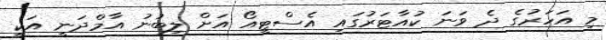
މި އަހަރުގެ ދެ ވަނަ ކުއާޓަރުގައި އެސްޓީއޯ އަށް ލިބުނު އާމްދަނީ އަކީ